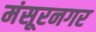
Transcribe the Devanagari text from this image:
मंसूरनगर